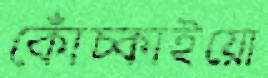
কোঁচ্‌কাইয়ো